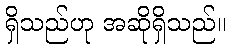
ရှိသည်ဟု အဆိုရှိသည်။